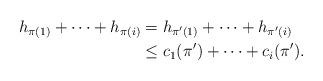
LaTeX: \begin{align*}h_{\pi(1)}+\dots+h_{\pi(i)}&=h_{\pi'(1)}+\dots+h_{\pi'(i)}\\&\leq c_1(\pi')+\dots+c_i(\pi').\end{align*}